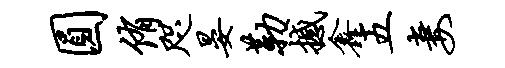
圆侑咫晏勒撼鑫五妻